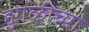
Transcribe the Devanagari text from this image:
हुगळीच्या